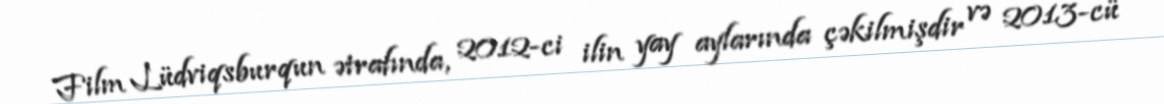
Film Lüdviqsburqun ətrafında, 2012-ci ilin yay aylarında çəkilmişdir və 2013-cü